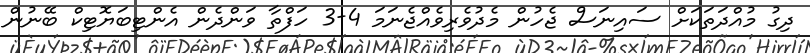
ދިގު މުއްދަތަކަށް ސައިނަސް ޖެހުން މެދުވެރިވެއްޖެނަމަ 4-3 ހަފްތާ ވަންދެން އެންޓިބަޔޮޓިކް ބޭނުން